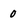
Character: 0